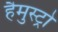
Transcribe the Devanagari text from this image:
हैमुस्ट्रो